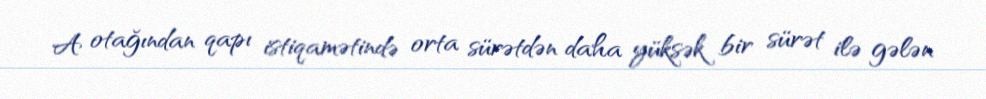
A otağından qapı istiqamətində orta sürətdən daha yüksək bir sürət ilə gələn